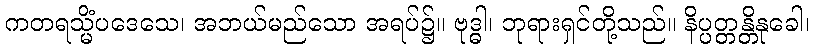
ကတရသ္မိံပဒေသေ၊ အဘယ်မည်သော အရပ်၌။ ဗုဒ္ဓါ၊ ဘုရားရှင်တို့သည်။ နိပ္ပတ္တန္တိနုခေါ၊